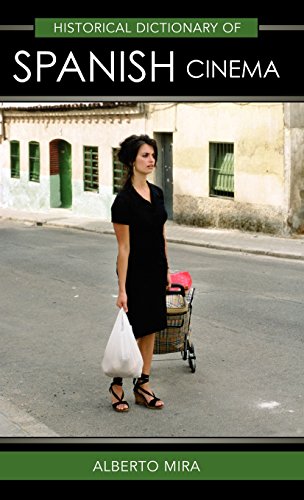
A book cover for Historical Dictionary of Spanish Cinema (Historical Dictionaries of Literature and the Arts); Alberto Mira; Humor & Entertainment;